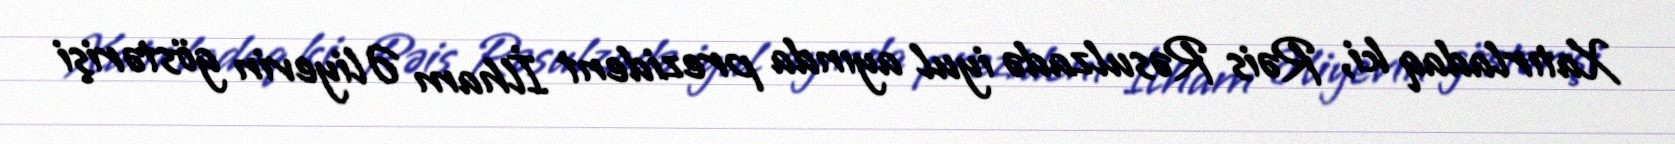
Xatırladaq ki, Rəis Rəsulzadə iyul ayında prezident İlham Əliyevin göstərişi